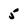
Character: 5